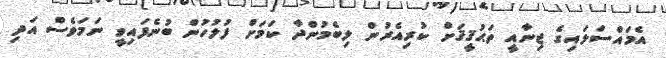
އެމައްސަލައިގެ ޖިނާއީ ތަޙުޤީޤަށް ކުރިއެރުން ލިބެމުންދާ ކަމަށް ފުލުހުން ބުނެފައިވީ ނަމަވެސް އަދި